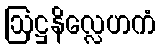
ဩဋ္ဌနိလ္လေဟကံ